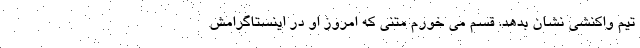
تیم واکنشی نشان بدهد. قسم می خورم متنی که امروز او در اینستاگرامش